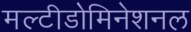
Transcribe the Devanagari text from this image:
मल्टीडोमिनेशनल